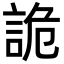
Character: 詭